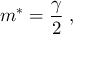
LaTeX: m \sp * = { \frac { \gamma } { 2 } } \; ,